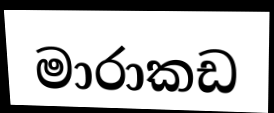
මාරාකඩ